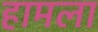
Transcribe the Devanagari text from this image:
हामला